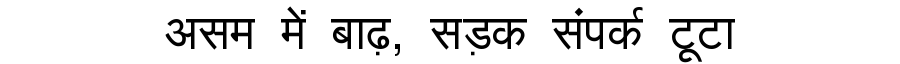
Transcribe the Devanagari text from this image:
असम में बाढ़, सड़क संपर्क टूटा